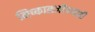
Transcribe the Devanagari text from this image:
निष्काळजीपणाही